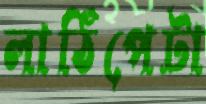
লাঠিপেটা